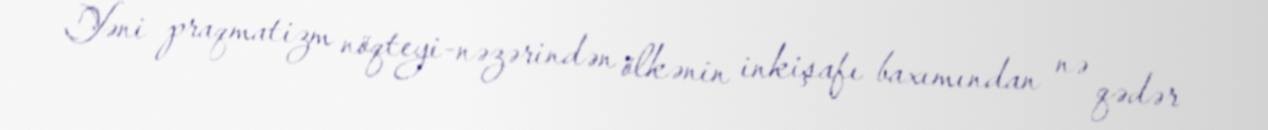
Yəni praqmatizm nöqteyi-nəzərindən ölkənin inkişafı baxımından nə qədər